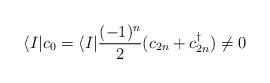
\begin{align*}\langle I|c_0=\langle I|{(-1)^n\over2}(c_{2n}+c_{2n}^\dagger)\not=0\end{align*}